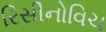
રિસીનોવિચ